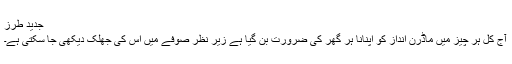
جدید طرز
آج کل ہر چیز میں ماڈرن انداز کو اپنانا ہر گھر کی ضرورت بن گیا ہے زیر نظر صوفے میں اس کی جھلک دیکھی جا سکتی ہے۔